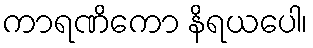
ကာရဏိကော နိရယပေါ၊